Treatise on elephants
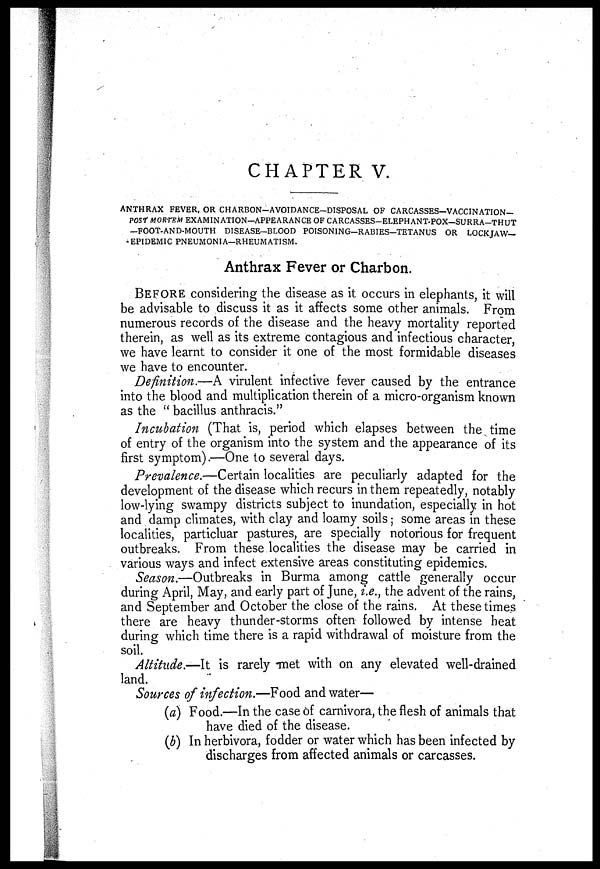
CHAPTER V.
ANTHRAX FEVER, OR CHARBON-AVOIDANCE—DISPOSAL OF CARCASSES—VACCINATION-
POST MORTEM EXAMINATION—APPEARANCE OF CARCASSES-ELEPHANT-POX—SURRA-THUT
—FOOT-AND-MOUTH DISEASE-BLOOD POISONING-RABIES-TETANUS OR LOCKJAW—
-EPIDEMIC PNEUMONIA—RHEUMATISM.
Anthrax Fever or Charbon.
BEFORE considering the disease as it occurs in elephants, it will
be advisable to discuss it as it affects some other animals. From
numerous records of the disease and the heavy mortality reported
therein, as well as its extreme contagious and infectious character,
we have learnt to consider it one of the most formidable diseases
we have to encounter.
Definition.—A virulent infective fever caused by the entrance
into the blood and multiplication therein of a micro-organism known
as the "bacillus anthracis."
Incubation (That is, period which elapses between the time
of entry of the organism into the system and the appearance of its
first symptom).—One to several days.
Prevalence.—Certain localities are peculiarly adapted for the
development of the disease which recurs in them repeatedly, notably
low-lying swampy districts subject to inundation, especially in hot
and damp climates, with clay and loamy soils; some areas in these
localities, particluar pastures, are specially notorious for frequent
outbreaks. From these localities the disease may be carried in
various ways and infect extensive areas constituting epidemics.
Season.—Outbreaks in Burma among cattle generally occur
during April, May, and early part of June, i.e., the advent of the rains,
and September and October the close of the rains. At these times
there are heavy thunder-storms often followed by intense heat
during which time there is a rapid withdrawal of moisture from the
soil.
Altitude.—It is rarely met with on any elevated well-drained
land.
Sources of infection.—Food and water—
(a) Food.—In the case of carnivora, the flesh of animals that
have died of the disease.
(b) In herbivora, fodder or water which has been infected by
discharges from affected animals or carcasses.